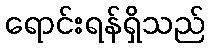
ရောင်းရန်ရှိသည်